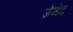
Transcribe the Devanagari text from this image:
जेम्डेट